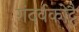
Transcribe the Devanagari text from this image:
गंदर्वकोट्टै